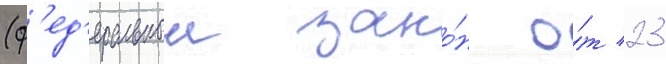
(ф'ед'еральныи зако́н о́т 23